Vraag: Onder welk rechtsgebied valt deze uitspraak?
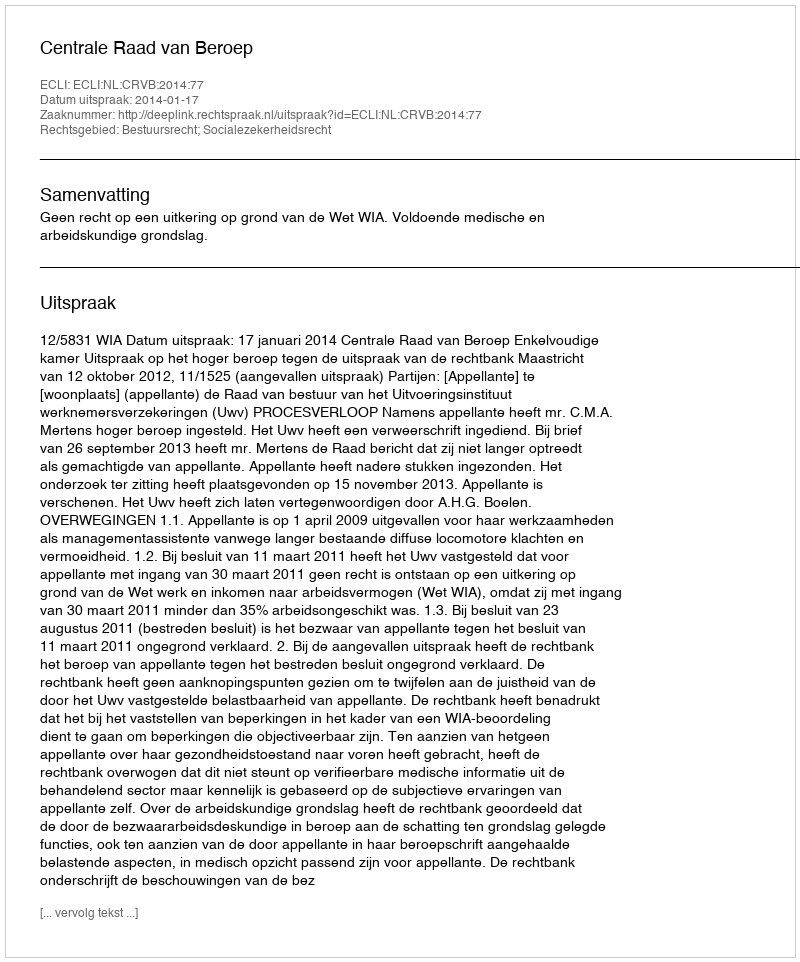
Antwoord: Bestuursrecht; Socialezekerheidsrecht